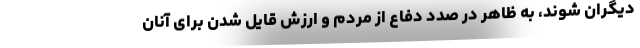
دیگران شوند، به ظاهر در صدد دفاع از مردم و ارزش قایل شدن برای آنان